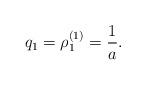
LaTeX: \begin{align*}q_1=\rho_1^{(1)}={1\over a}.\end{align*}